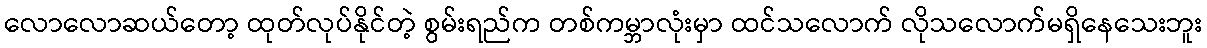
လောလောဆယ်တော့ ထုတ်လုပ်နိုင်တဲ့ စွမ်းရည်က တစ်ကမ္ဘာလုံးမှာ ထင်သလောက် လိုသလောက်မရှိနေသေးဘူး